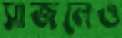
সাজলেও